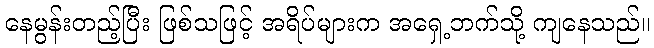
နေမွန်းတည့်ပြီး ဖြစ်သဖြင့် အရိပ်များက အရှေ့ဘက်သို့ ကျနေသည်။